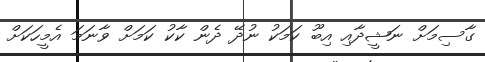
ގާސިމަށް ނަޝީދާއި އިބޫ ކަމަކު ނުދޭ ދެން ކާކު ކަމަށް ވާނަމަ އެމީހަކަށް